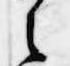
之